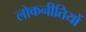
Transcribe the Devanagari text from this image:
लोकनीतियों